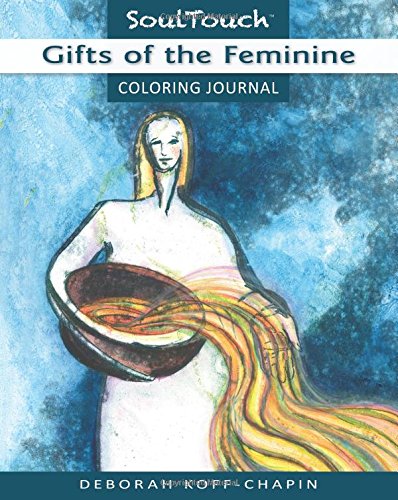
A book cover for GIFTS OF THE FEMININE: Soul Touch Coloring Journal; Deborah Koff-Chapin; Self-Help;